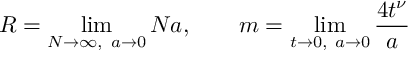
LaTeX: R = \operatorname * { l i m } _ { N \to \infty , \ a \to 0 } N a , \qquad m = \operatorname * { l i m } _ { t \to 0 , \ a \to 0 } \frac { 4 t ^ { \nu } } { a }